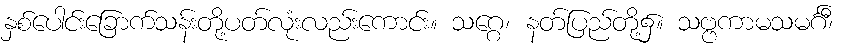
နှစ်ပေါင်းခြောက်သန်းတို့ပတ်လုံးလည်းကောင်း။ သဂ္ဂေ၊ နတ်ပြည်တို့၌။ သဗ္ဗကာမသမင်္ဂီ၊